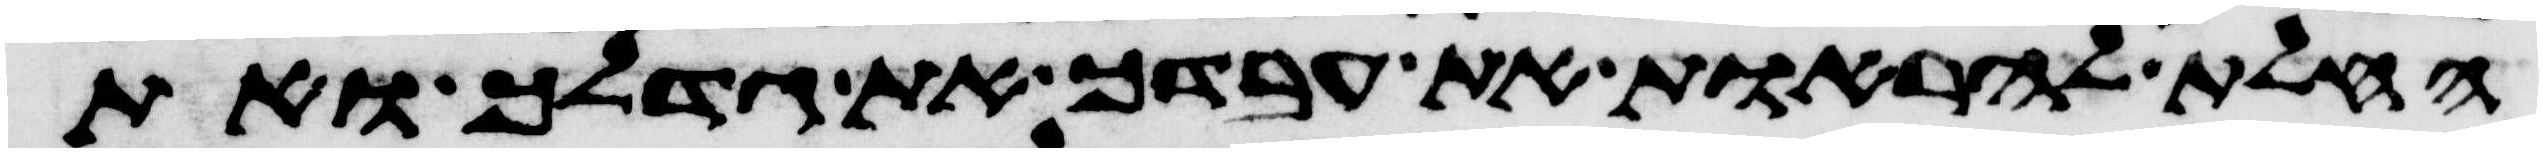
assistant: החלת להראות את עבדך את גדלך ואת